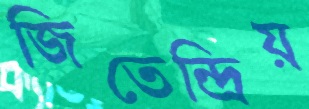
জিতেন্দ্রিয়